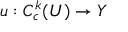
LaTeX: u : C _ { c } ^ { k } ( U ) \to Y